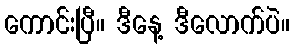
ကောင်းပြီ။ ဒီနေ့ ဒီလောက်ပဲ။